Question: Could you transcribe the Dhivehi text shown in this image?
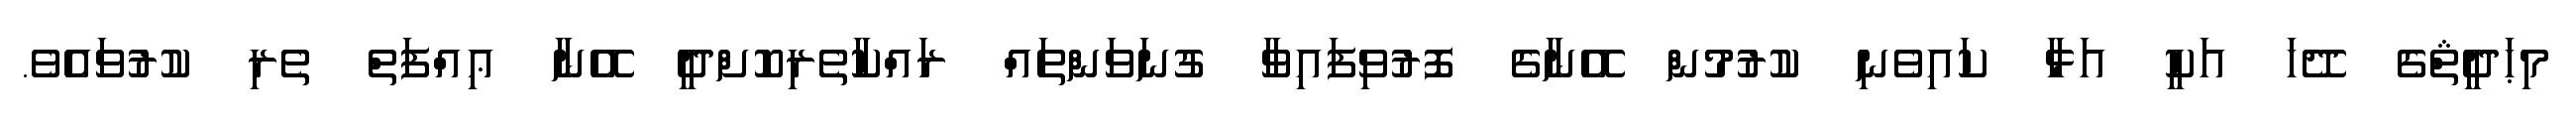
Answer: މިޙަދީޘްގެ ދޭހަ އަކީ އަޅާ ކައިވެނި ކުރުމުން އޭނާގެ ފޮރުވިފައިވާ ގުނަވަންތައް ރައްކާތެރިކޮށްދީ އޭނާ ޢިއްފަތް ތެރި ކުރުވައެވެ.